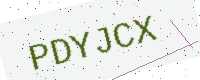
Text: PDYJCX